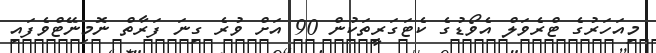
މިއަހަރުގެ ޓްރެވަލް އެވޯޑުގެ ކެޓަގަރީތަކުން 90 އަށް ވުރެ ގިނަ ފަރާތް ނޮމިނޭޓްވެފައި